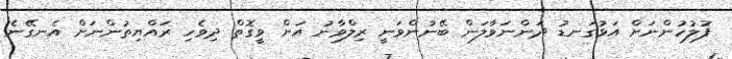
ފުލުހުންނަށް އަޅުގަނޑު ދަންނަވާލަން ބޭނުންވަނީ ރިލްވާނު އަށް ވީގޮތް ދިވެހި ރައްޔިތުންނަށް އެނގޭނެ